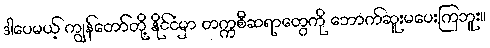
ဒါပေမယ့် ကျွန်တော်တို့ နိုင်ငံမှာ တက္ကစီဆရာတွေကို ဘောက်ဆူးမပေးကြဘူး။